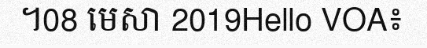
។08 មេសា 2019Hello VOA៖